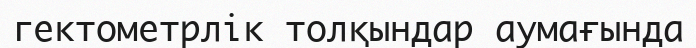
гектометрлік толқындар аумағында